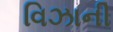
વિઝાની